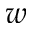
w